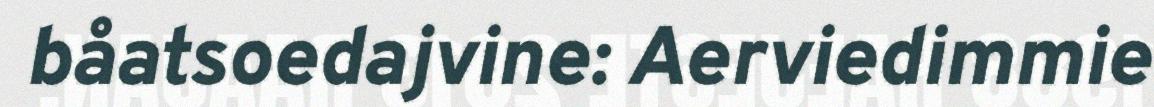
båatsoedajvine: Aerviedimmie